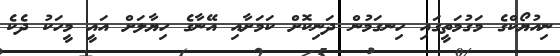
ނިއުޔޯކްގެ މަގުމަތީގައި ހިނގަމުން ދަނިކޮށް ކަމަށާއި އޭނާގެ ހިޔާލަށް އައީ މީހަކު ދެކެ